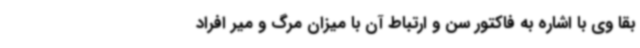
بقا وی با اشاره به فاکتور سن و ارتباط آن با میزان مرگ و میر افراد